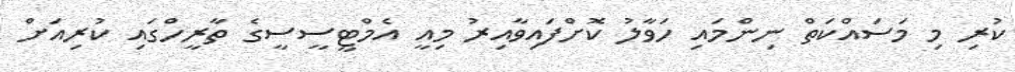
ކުރި މި މަސައްކަތް ނިންމައި ހަވާލު ކޮށްފައިވާއިރު މިއީ އެމްޓީސީސީގެ ތާރީހްގައި ކުރިއަށް